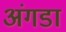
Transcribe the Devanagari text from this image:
अंगडा